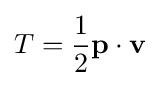
T={\frac {1}{2}}\mathbf {p} \cdot \mathbf {v}